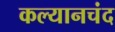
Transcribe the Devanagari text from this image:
कल्यानचंद